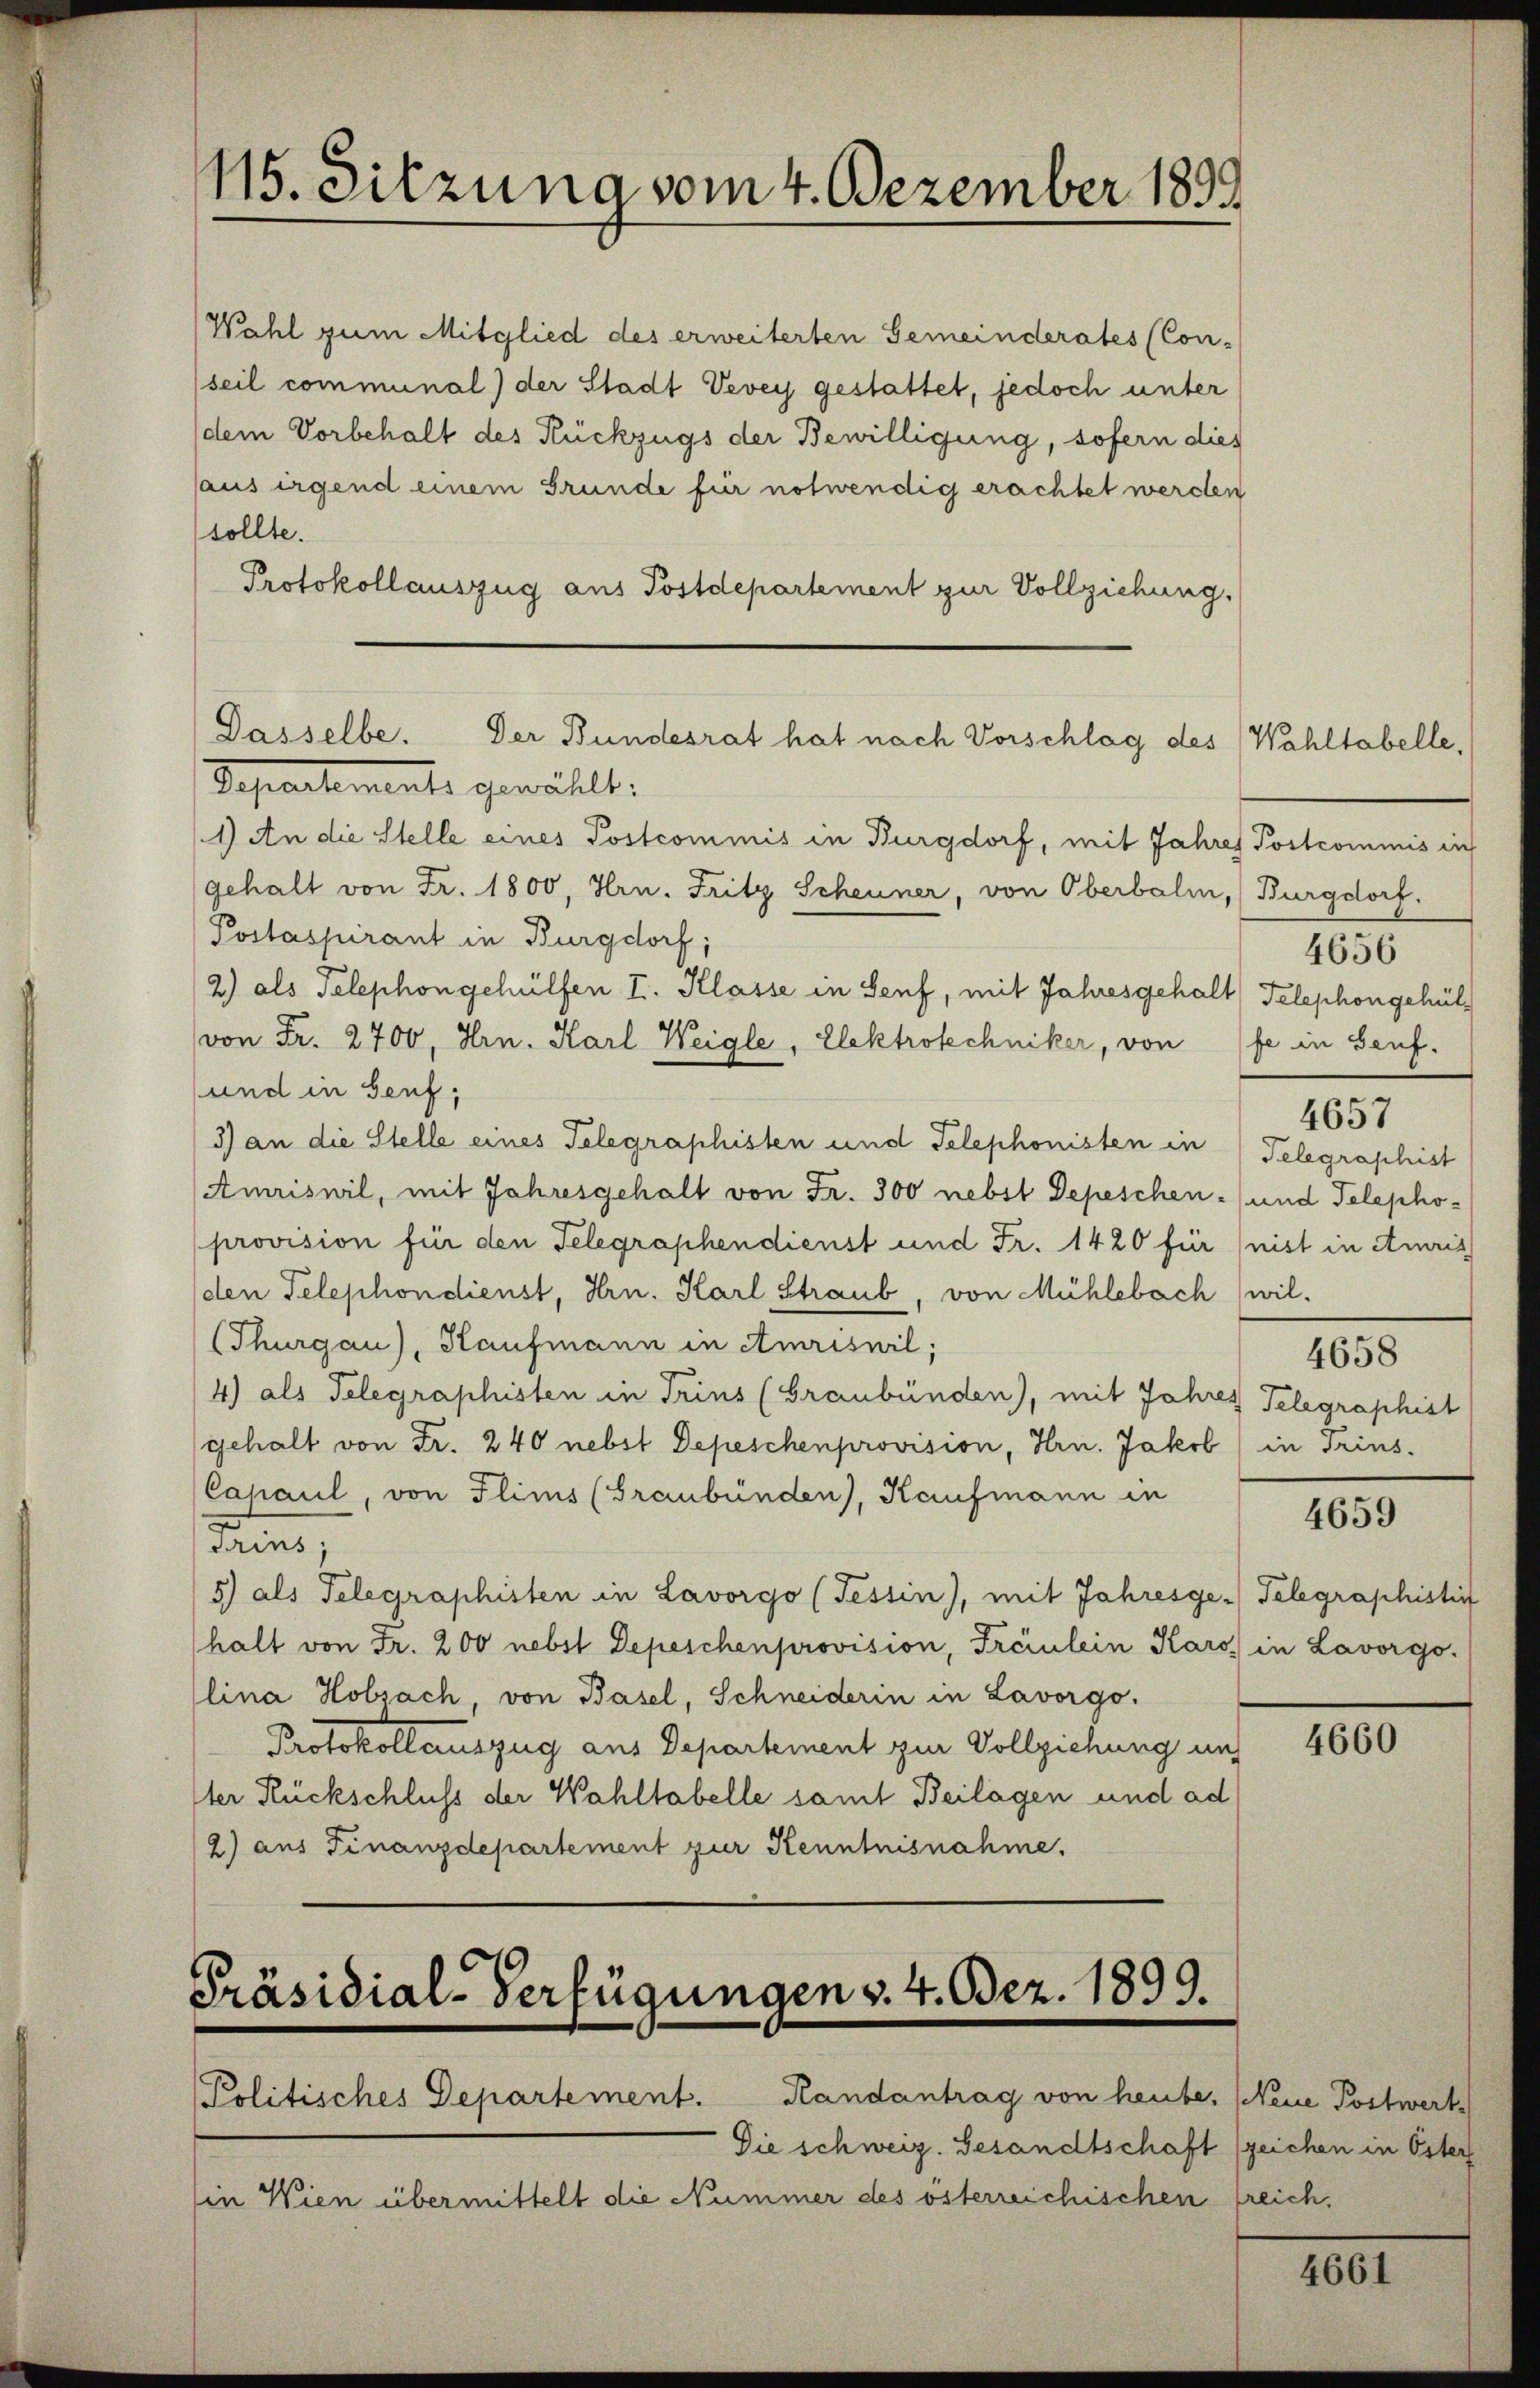
115. Sitzung vom 4. Dezember 1899

Wahl zum Mitglied des erweiterten Gemeinderates (Con-
seil communal) der Stadt Vevey gestattet, jedoch unter
dem Vorbehalt des Rückzugs der Bewilligung, sofern dies
aus irgend einem Grunde für notwendig erachtet werden
sollte.
Protokollauszug aus Postdepartement zur Vollziehung.
1) An die Stelle eines Postcommis in Burgdorf, mit Jahres Postcommis in
gehalt von Fr. 1800, Hrn. Fritz Scheuner, von Oberbalm, (Burgdorf.
Postaspirant in Burgdorf;
2) als Telephongehülfen I. Klasse in Senf, mit Jahresgehalt Telephongehülvon Fr. 2700, Hrn. Karl Weigle, Elektrotechniker, von fe in Seuf.
und in Genf,
3) an die Stelle eines Telegraphisten und Telephonisten in
Amriswil, mit Jahresgehalt von Fr. 300 nebst Depeschen- und Telepho-
provision für den Telegraphendienst und Fr. 1420 für (nist in Amris
den Telephondienst, Hrn. Karl Straub, von Mühlebach wil-
(Thurgau), Haufmann in Amriswil;
4) als Telegraphisten in Trins (Graubünden), mit Jahres Telegraphist
gehalt von Fr. 240 nebst Depeschenprovision, Hrn. Jakob
Capaul, von Flims (Graubünden, Kaufmann in
Tains,
5) als Telegraphisten in Lavorgo (Tessin), mit Jahresge-
halt von Fr. 200 nebst Depeschenprovision, Freiulein Karo in Lavorgo-
lina Holsach, von Basel, Schneiderin in Lavorgo.
Protokollauszug aus Departement zur Vollziehung aus
ter Rückschluss der Wahltabelle samt Beilagen und ad
2) aus Finanzdepartement zur Kenntnisnahme.

Dasselbe. Der Bundesrat hat nach Vorschlag des Wohltabelle,
Schnahments gewählt:

Präsidial-Verfügungen v. 4. Dez. 1899.

Politisches Departement. Randantrag von heute, (Neue Postwert
Die schweiz. Gesandtschaft (zeichen in Öster
in Wien übermittelt die Nummer des österreichischen freich,

4657
Telegraphist

4656

in Trins.

4658

4659

Telegraphistin

4660

4661